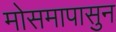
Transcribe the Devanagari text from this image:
मोसमापासुन